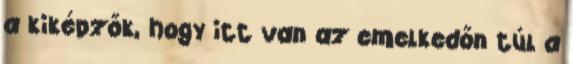
a kiképzők, hogy itt van az emelkedőn túl a